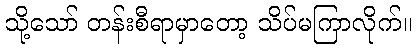
သို့သော် တန်းစီရာမှာတော့ သိပ်မကြာလိုက်။